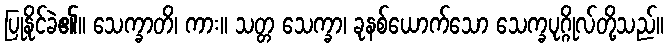
ပြုနိုင်ခဲ၏။ သေက္ခာတိ၊ ကား။ သတ္တ သေက္ခာ၊ ခုနစ်ယောက်သော သေက္ခပုဂ္ဂိုလ်တို့သည်။